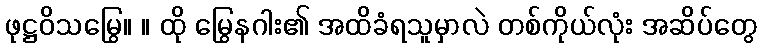
ဖုဋ္ဌဝိသမြွေ။ ။ ထို မြွေနဂါး၏ အထိခံရသူမှာလဲ တစ်ကိုယ်လုံး အဆိပ်တွေ